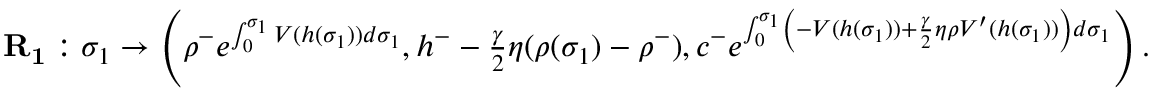
\begin{array} { r l } & { \mathbf { R _ { 1 } } : \sigma _ { 1 } \to \left( \rho ^ { - } e ^ { \int _ { 0 } ^ { \sigma _ { 1 } } V ( h ( \sigma _ { 1 } ) ) d \sigma _ { 1 } } , h ^ { - } - \frac { \gamma } { 2 } \eta ( \rho ( \sigma _ { 1 } ) - \rho ^ { - } ) , c ^ { - } e ^ { \int _ { 0 } ^ { \sigma _ { 1 } } \left( - V ( h ( \sigma _ { 1 } ) ) + \frac { \gamma } { 2 } \eta \rho V ^ { \prime } ( h ( \sigma _ { 1 } ) ) \right) d \sigma _ { 1 } } \right) . } \end{array}